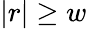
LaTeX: |r|\geq w